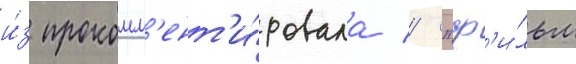
и́з прокомм'ент'и́ровала // "ф'и́льм